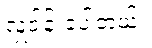
လှူဒါန်းခဲ့ပါတယ်။